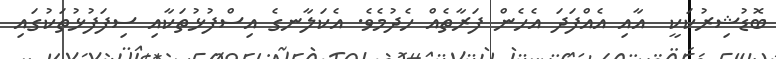
ބޮޑުޝިރުކަކީ  އާއި އެއްފަދަ އެހެން ފަރާތެއް ހެދުމެވެ. އެކަލާނގެ އިސްފުޅުތަކާއި ސިފަފުޅުތަކުގައި